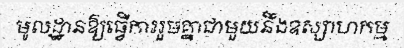
មូលដ្ឋានឱ្យធ្វើការរួមគ្នាជាមួយនឹងឧស្សាហកម្ម